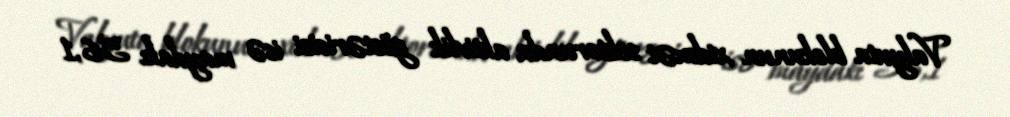
Valyuta blokunun xidmət sektorunda aktivlik göstəricisi isə maydakı 56,1